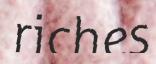
riches